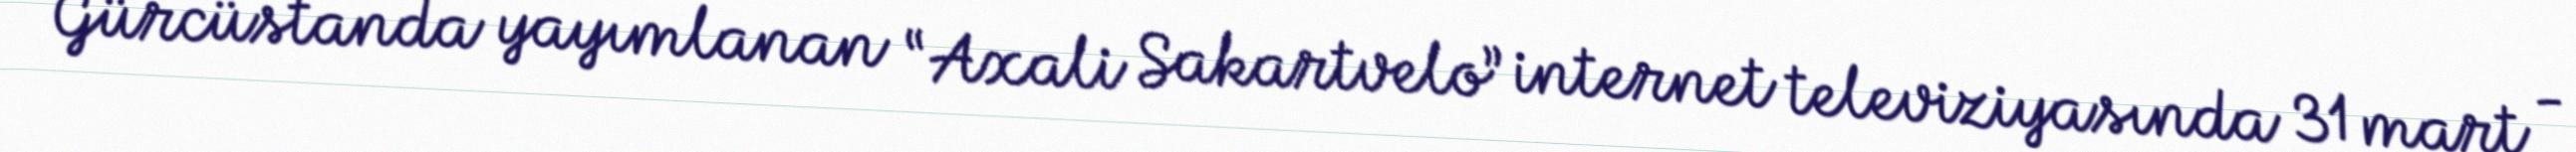
Gürcüstanda yayımlanan “Axali Sakartvelo” internet televiziyasında 31 mart -